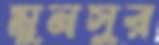
মুনসুর